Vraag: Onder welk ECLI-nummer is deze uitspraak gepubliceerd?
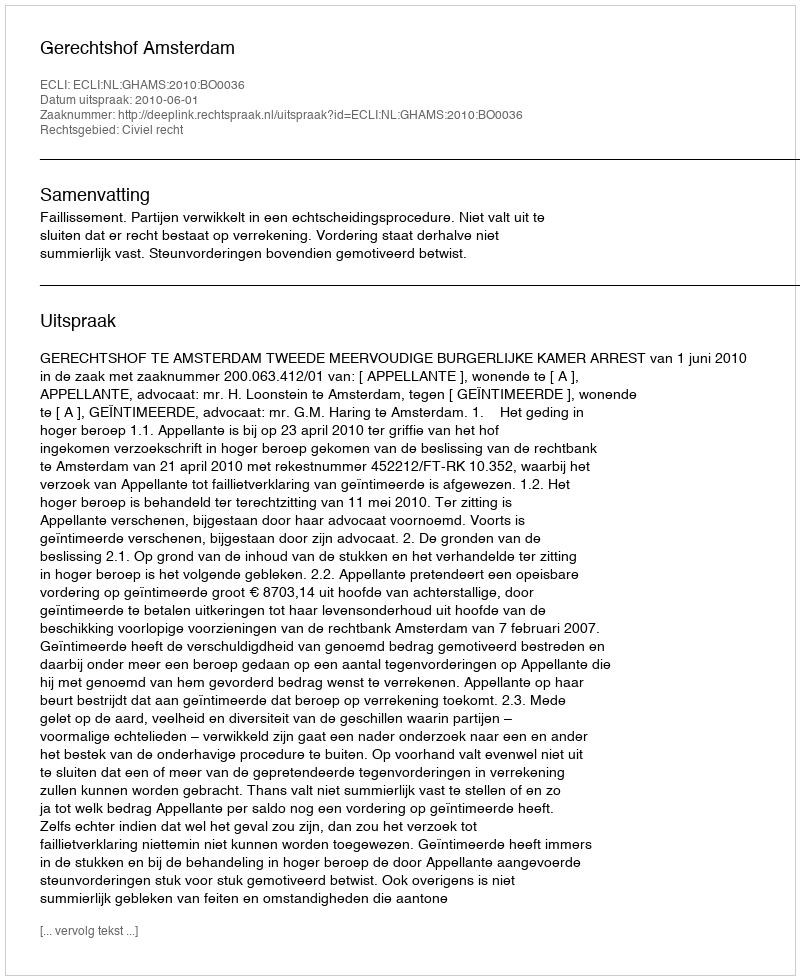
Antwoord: ECLI:NL:GHAMS:2010:BO0036